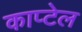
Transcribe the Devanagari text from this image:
काप्टेल